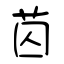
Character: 苬